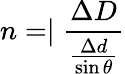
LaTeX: n=\mid\frac{\Delta D}{\frac{\Delta d}{\sin\theta}}